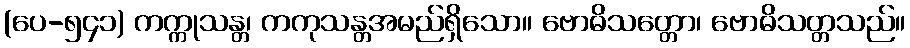
(ပေ-၅၄၁) ကက္ကုသန္တ၊ ကကုသန္တအမည်ရှိသော။ ဗောဓိသတ္တော၊ ဗောဓိသတ္တသည်။